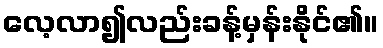
လေ့လာ၍လည်းခန့်မှန်းနိုင်၏။